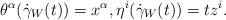
LaTeX: \begin{align*}\theta^\alpha(\dot\gamma_W(t)) = x^\alpha, \eta^i(\dot\gamma_W(t)) = tz^i.\end{align*}